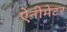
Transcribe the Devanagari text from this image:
ऐनीमेटर